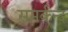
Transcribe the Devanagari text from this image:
समर्कन्द